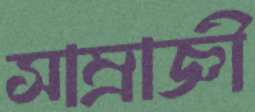
সাম্রাজ্ঞী